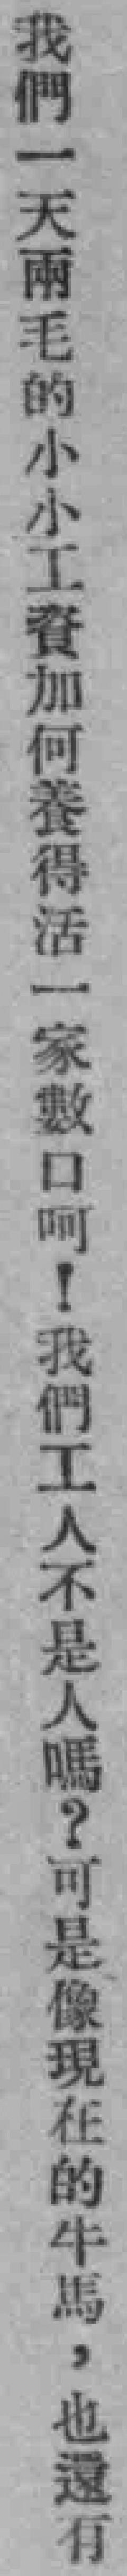
我們一天两毛的小小工資加何養得活一家數口呵！我們工人不是人嗎？可是像現在的牛馬，也還有